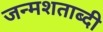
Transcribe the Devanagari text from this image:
जन्‍मशताब्‍दी